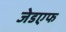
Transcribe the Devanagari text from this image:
जेडएफ